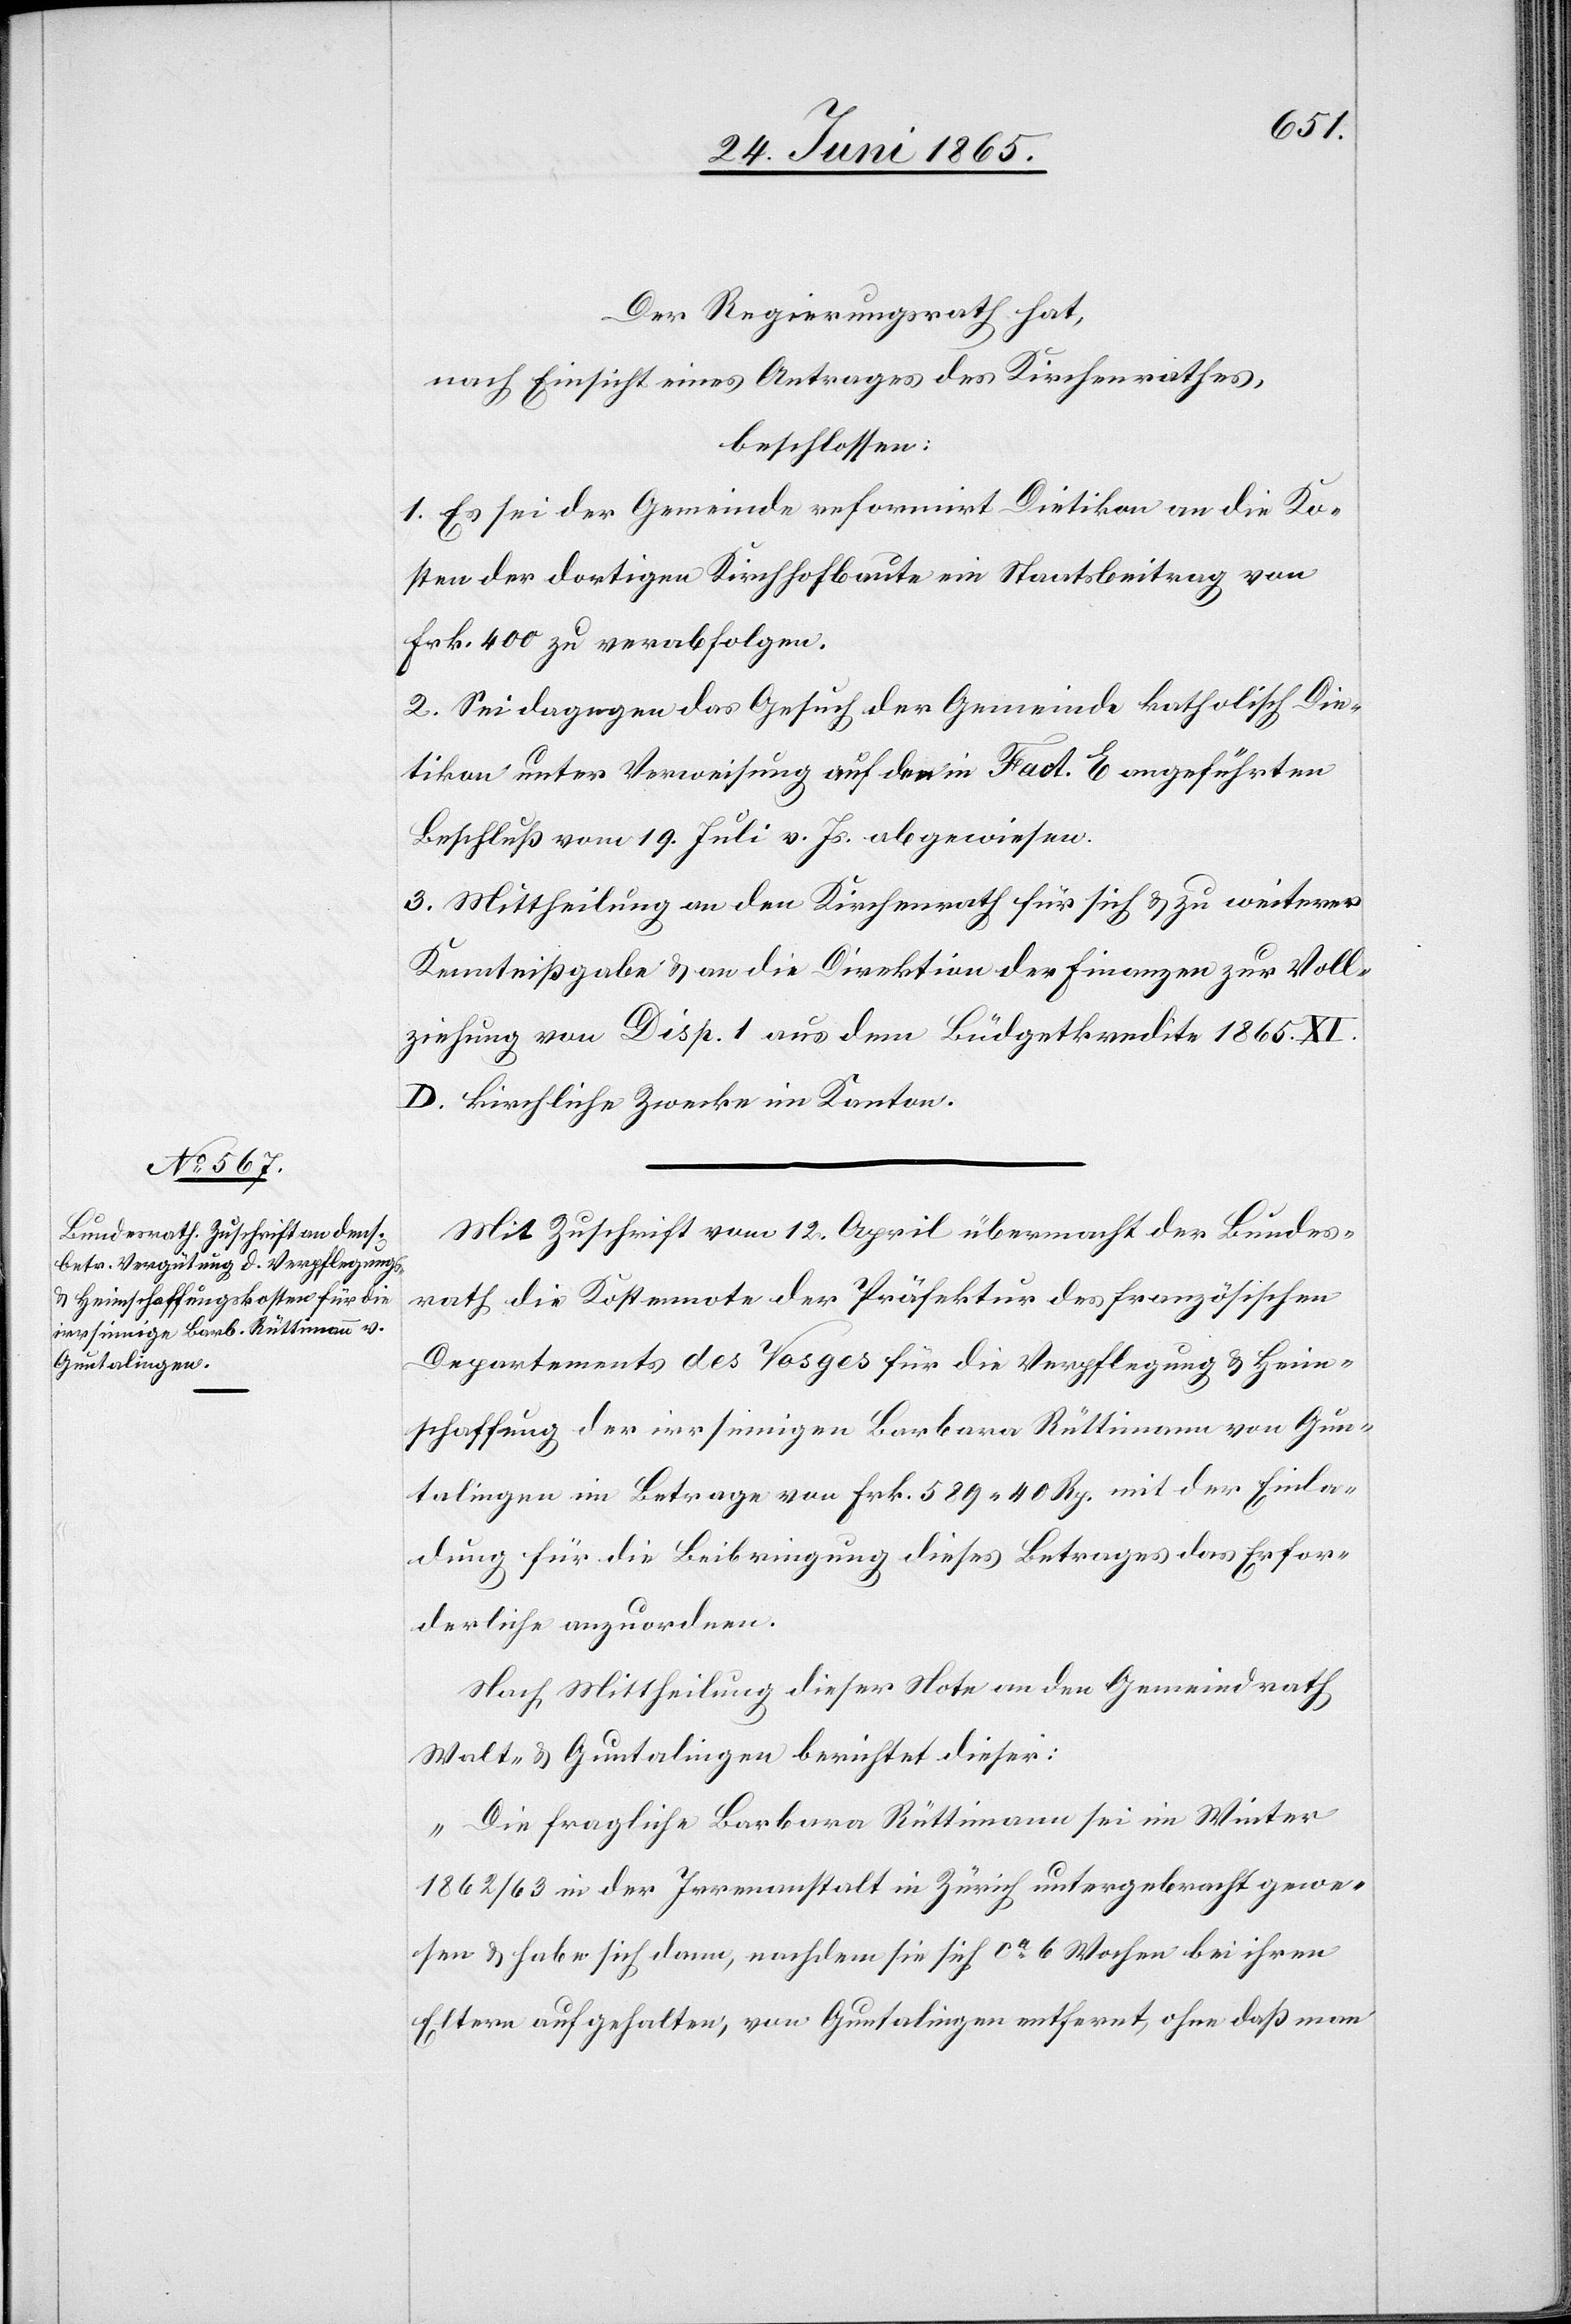
Der Regierungsrath hat,
nach Einsicht eines Antrages des Kirchenrathes,
beschlossen:
1. Es sei der Gemeinde reformirt Dietikon an die Ko¬
sten der dortigen Kirchhofbaute ein Staatsbeitrag von
Frk. 400 zu verabfolgen.
2. Sei dagegen das Gesuch der Gemeinde katholisch Die¬
tikon unter Verweisung auf den in Fact. E angeführten
Beschluß vom 19. Juli v. Js. abgewiesen.
3. Mittheilung an den Kirchenrath für sich & zu weiterer
Kenntnißgabe & an die Direktion der Finanzen zur Voll¬
ziehung von Disp. 1 aus dem Büdgetkredite 1865. XI.
D. kirchliche Zwecke im Kanton.
Mit Zuschrift vom 12. April übermacht der Bundes¬
rath die Kostennote der Präfektur des französischen
Departements des Vosges für die Verpflegung & Heim¬
schaffung der irrsinnigen Barbara Rüttimann von Gun¬
talingen im Betrage von Frk. 589 40 Rp. mit der Einla¬
dung für die Beibringung dieses Betrages das Erfor¬
derliche anzuordnen.
Nach Mittheilung dieser Note an den Gemeindrath
Walt- & Guntalingen berichtet dieser:
„Die fragliche Barbara Rüttimann sei im Winter
1862/63 in der Irrenanstalt in Zürich untergebracht gewe¬
sen & habe sich dann, nachdem sie sich ca 6 Wochen bei ihren
Eltern aufgehalten, von Guntalingen entfernt, ohne daß man